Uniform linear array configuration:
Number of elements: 64
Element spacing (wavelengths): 1
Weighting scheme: hann
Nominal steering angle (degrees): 60
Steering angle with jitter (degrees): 58.527
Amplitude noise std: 0.05
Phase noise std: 0.05

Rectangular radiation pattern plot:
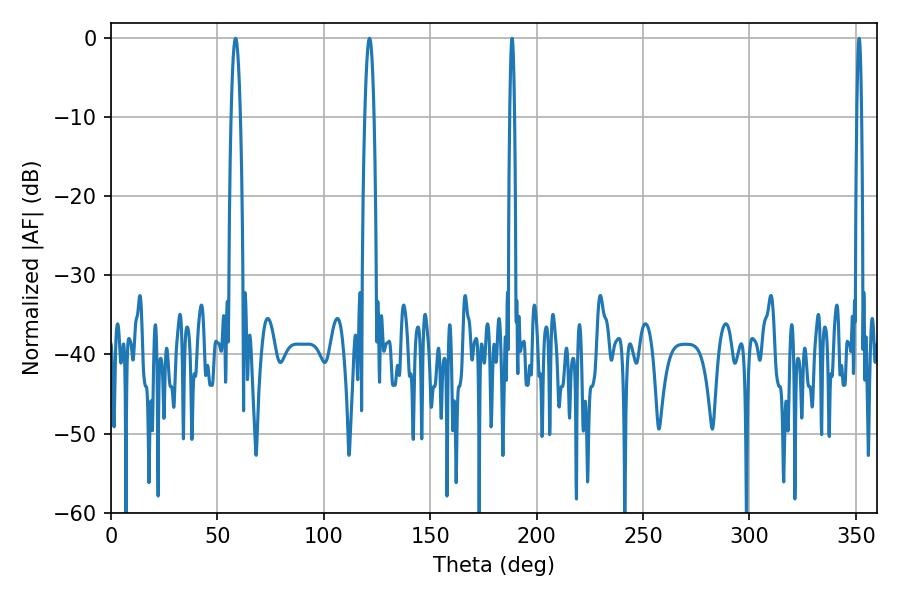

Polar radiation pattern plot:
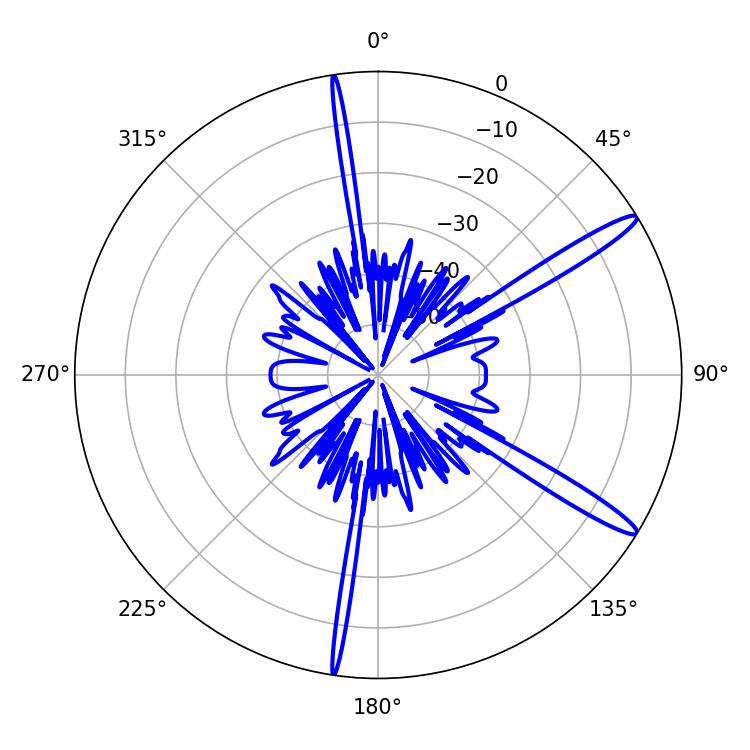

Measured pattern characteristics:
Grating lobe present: TRUE
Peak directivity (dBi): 14.493
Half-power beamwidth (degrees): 1.08
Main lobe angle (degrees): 188.46